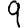
Digit: 9